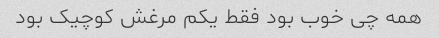
همه چی خوب بود فقط یکم مرغش کوچیک بود